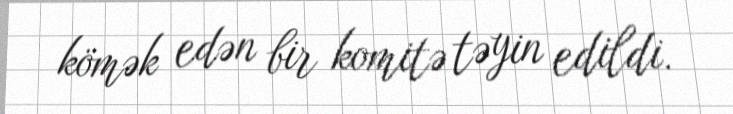
kömək edən bir komitə təyin edildi.